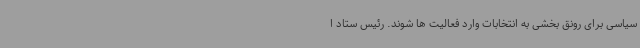
سیاسی برای رونق بخشی به انتخابات وارد فعالیت ها شوند. رئیس ستاد ا